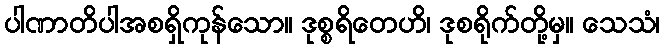
ပါဏာတိပါအစရှိကုန်သော။ ဒုစ္စရိတေဟိ၊ ဒုစရိုက်တို့မှ။ သေသံ၊